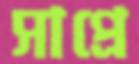
সাপ্রে